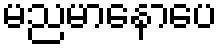
မညမာနောပေ